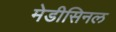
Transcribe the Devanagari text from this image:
मेडीसिनल